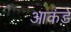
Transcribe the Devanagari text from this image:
आकंड़े